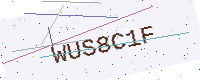
Text: WUS8C1F